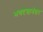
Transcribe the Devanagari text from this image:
भगदत्तानंतर